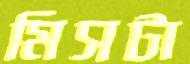
মিসটা